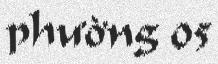
phường 05